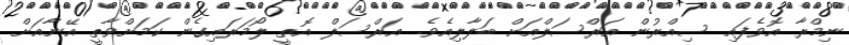
ނިމްރާ އޮވެފައި ސިއްރުން އަރްސަލްއަށް ބަލާލިއެވެ. އަރްސަލް އޮތީ ލޯމަރައިގެން ކަމަށްވާތީ އޭނާއަށް